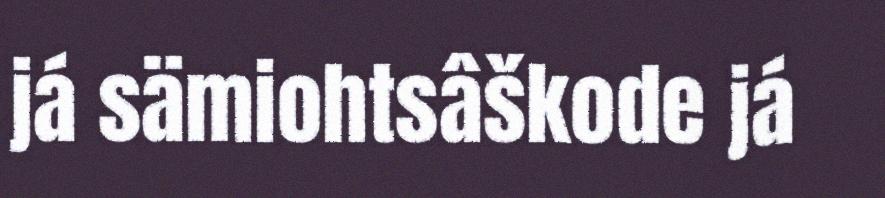
já sämiohtsâškode já